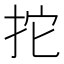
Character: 拕